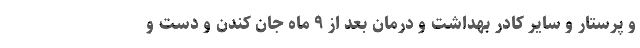
و پرستار و سایر کادر بهداشت و درمان بعد از ۹ ماه جان کندن و دست و